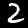
Digit: 2